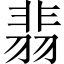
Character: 翡